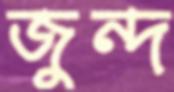
জুন্দ